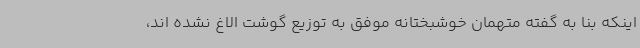
اینکه بنا به گفته متهمان خوشبختانه موفق به توزیع گوشت الاغ نشده اند،